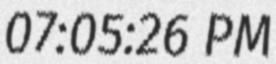
07:05:26 PM